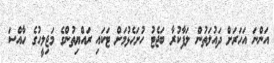
އަންނަ އަހަރަށް ދައުލަތުން ލަފާކުރާ ބަޖެޓު ހުށަހެޅުމަށް ޓަކައި ރައްޔިތުންގެ މަޖިލީހުގެ ހާއްސަ